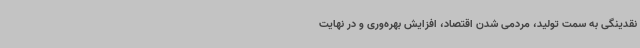
نقدینگی به سمت تولید، مردمی شدن اقتصاد، افزایش بهره‌وری و در نهایت